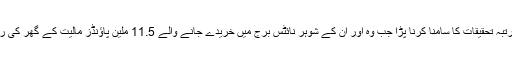
زمیرہ کو گذشتہ اکتوبر میں دو مرتبہ تحقیقات کا سامنا کرنا پڑا جب وہ اور ان کے شوہر نائٹس برج میں خریدے جانے والے 11.5 ملین پاؤنڈز مالیت کے گھر کی رقم کے ذرائع نہیں بتا سکے تھے۔